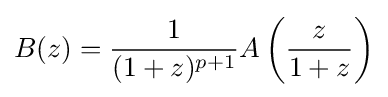
B(z)={\frac {1}{(1+z)^{p+1}}}A\left({\frac {z}{1+z}}\right)